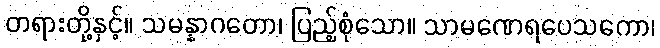
တရားတို့နှင့်။ သမန္နာဂတော၊ ပြည့်စုံသော။ သာမဏေရပေသကော၊